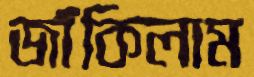
জাঁকিলাম